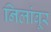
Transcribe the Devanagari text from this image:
निलांबूर